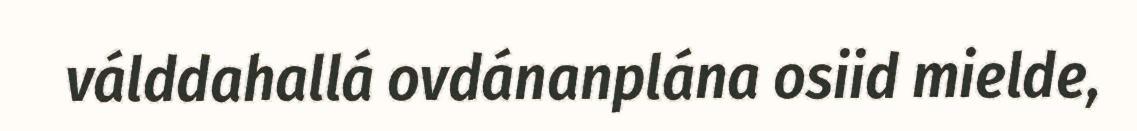
válddahallá ovdánanplána osiid mielde,